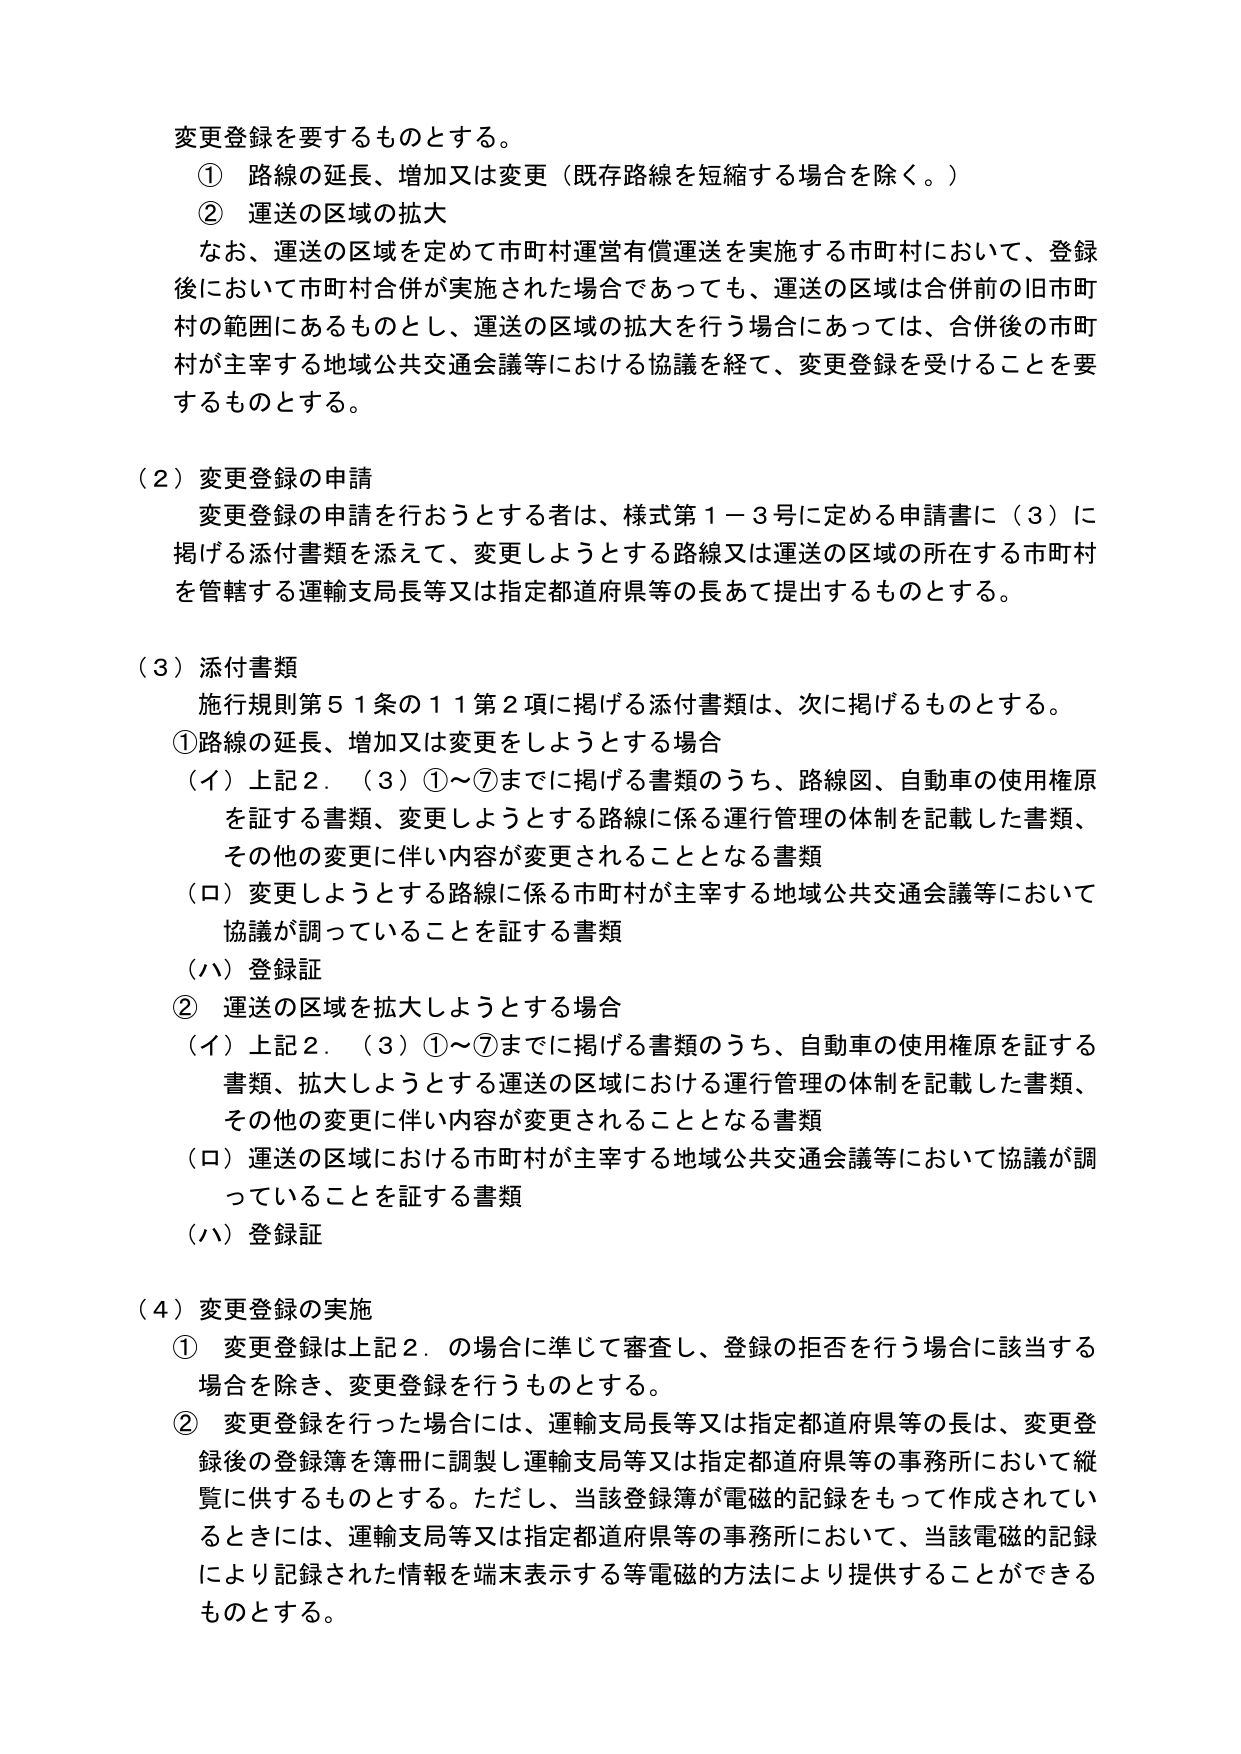
変更登録を要するものとする。
① 路線の延長、増加又は変更（既存路線を短縮する場合を除く。）
② 運送の区域の拡大
　なお、運送の区域を定めて市町村運営有償運送を実施する市町村において、登録
後において市町村合併が実施された場合であっても、運送の区域は合併前の旧市町
村の範囲にあるものとし、運送の区域の拡大を行う場合にあっては、合併後の市町
村が主宰する地域公共交通会議等における協議を経て、変更登録を受けることを要
するものとする。

（２）変更登録の申請
　変更登録の申請を行おうとする者は、様式第１－３号に定める申請書に（３）に
掲げる添付書類を添えて、変更しようとする路線又は運送の区域の所在する市町村
を管轄する運輸支局長等又は指定都道府県等の長あて提出するものとする。

（３）添付書類
　施行規則第５１条の１１第２項に掲げる添付書類は、次に掲げるものとする。
①路線の延長、増加又は変更をしようとする場合
　（イ）上記２．（３）①～⑦までに掲げる書類のうち、路線図、自動車の使用権原
　　　を証する書類、変更しようとする路線に係る運行管理の体制を記載した書類、
　　　その他の変更に伴い内容が変更されることとなる書類
　（ロ）変更しようとする路線に係る市町村が主宰する地域公共交通会議等において
　　　協議が調っていることを証する書類
　（ハ）登録証
② 運送の区域を拡大しようとする場合
　（イ）上記２．（３）①～⑦までに掲げる書類のうち、自動車の使用権原を証する
　　　書類、拡大しようとする運送の区域における運行管理の体制を記載した書類、
　　　その他の変更に伴い内容が変更されることとなる書類
　（ロ）運送の区域における市町村が主宰する地域公共交通会議等において協議が調
　　　っていることを証する書類
　（ハ）登録証

（４）変更登録の実施
① 変更登録は上記２．の場合に準じて審査し、登録の拒否を行う場合に該当する
　場合を除き、変更登録を行うものとする。
② 変更登録を行った場合には、運輸支局長等又は指定都道府県等の長は、変更登
　録後の登録簿を簿冊に調製し運輸支局等又は指定都道府県等の事務所において縦
　覧に供するものとする。ただし、当該登録簿が電磁的記録をもって作成されてい
　るときには、運輸支局等又は指定都道府県等の事務所において、当該電磁的記録
　により記録された情報を端末表示する等電磁的方法により提供することができる
　ものとする。